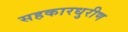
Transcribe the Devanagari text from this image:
सहकारधुरीण